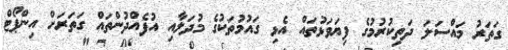
ގަތަރު މައްސަލަ ދަތިކުރުމުގެ ފިޔަވަޅުތައް އެޅި ގައުމުތަކުގެ މުދަލާއި އުފެއްދުންތައް ގަތަރަށް އިންޕޯޓް